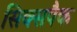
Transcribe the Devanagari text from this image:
सिक्सपैक